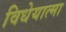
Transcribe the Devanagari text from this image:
विधेयात्मा